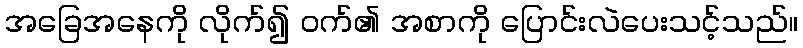
အခြေအနေကို လိုက်၍ ဝက်၏ အစာကို ပြောင်းလဲပေးသင့်သည်။